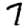
Digit: 7